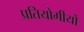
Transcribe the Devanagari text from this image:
प्रतियोगीयों